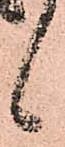
候